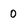
Character: 0